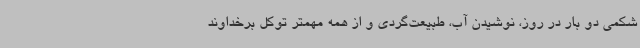
شکمی دو بار در روز، نوشیدن آب، طبیعت‌گردی و از همه مهمتر توکل برخداوند